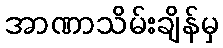
အာဏာသိမ်းချိန်မှ